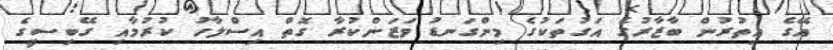
އޭގެ އިތުރުން ބާޒާރުގެ އަގުތަކުގެ މިންގަނޑު ވަޒަންކުރާ ގޮތް އިސްލާހު ކުރުމާއި ގޭބިސީގެ